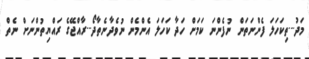
މަދު...ތިކަހަލަ ފެންނަތަން ނުފެންނަ ކަމަށް ހަދާ ކަހަލަ އެންމެން ނުވެދާނެތާދޯ...ރާއްޖޭގެ ރައްޔިތުންނަށް ނެތް